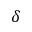
\delta